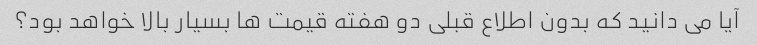
آیا می دانید که بدون اطلاع قبلی دو هفته قیمت ها بسیار بالا خواهد بود؟